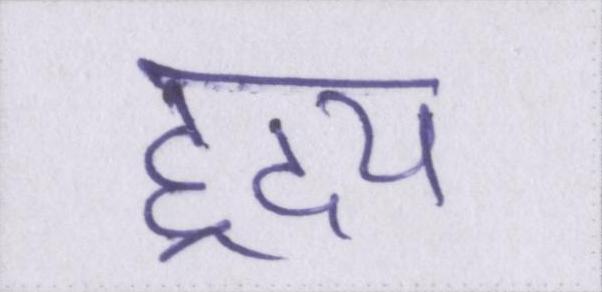
ह्रदय